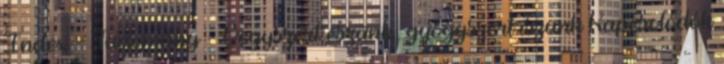
Index - Tudomány - Vegyszert eszünk, gyógyszert iszunk Kapcsolódók